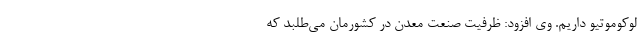
لوکوموتیو داریم. وی افزود: ظرفیت صنعت معدن در کشورمان می‌طلبد که